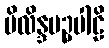
မိလိန္ဒပဉ္ပပါဠိ